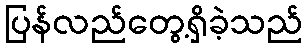
ပြန်လည်တွေ့ရှိခဲ့သည်